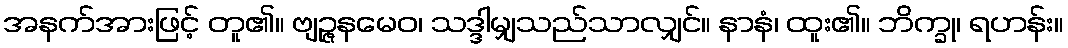
အနက်အားဖြင့် တူ၏။ ဗျဉ္ဇနမေဝ၊ သဒ္ဒါမျှသည်သာလျှင်။ နာနံ၊ ထူး၏။ ဘိက္ခု၊ ရဟန်း။